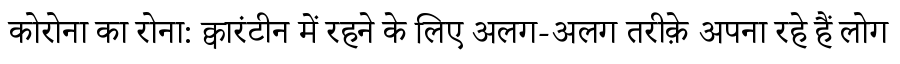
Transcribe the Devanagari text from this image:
कोरोना का रोना: क्वारंटीन में रहने के लिए अलग-अलग तरीक़े अपना रहे हैं लोग